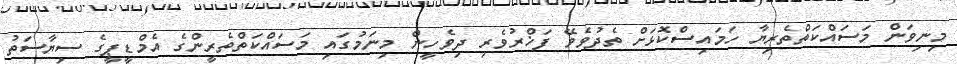
މިނިވަން މަސައްކަތްތެރިޔާ ހަމައިސްކޮޅަށް ތެދުވެވޭ ފަޚްރުވެރި ދިވެހީން މިނަމުގައި މަސައްކަތްތެރީންގެ އެމްޑީޕީގެ ސިޔާސަތު